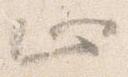
止